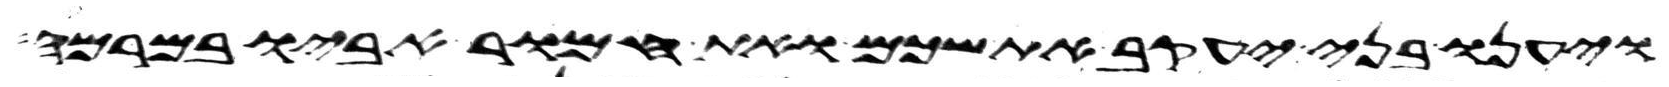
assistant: ויענו בני יעקב את שכם ואת חמור אביו במרמה